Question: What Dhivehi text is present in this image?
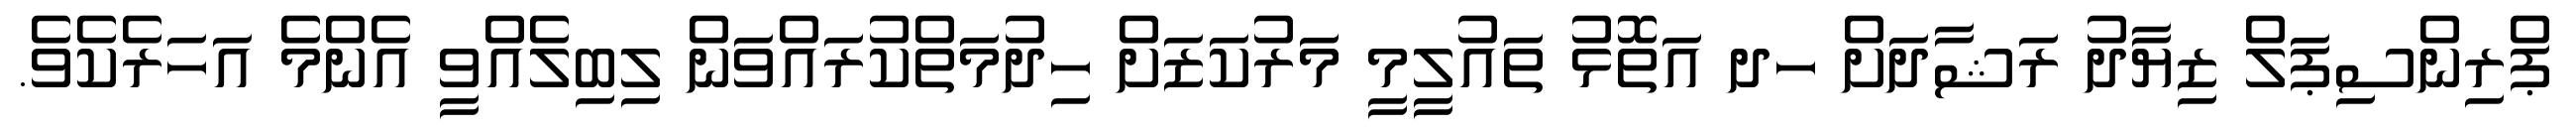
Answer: ޕްރިންސިޕަލް ޒިޔާދު ރަޝާދަށް ހދ އަތޮޅު ތައުލީމީ މަރުކަޒަށް ހިދުމަތްކުރައްވަން ލިބިލެއްވީ އެންމެ އަހަރެކެވެ.